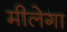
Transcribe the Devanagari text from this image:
मीलेगा